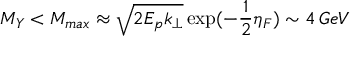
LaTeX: M _ { Y } < M _ { m a x } \approx \sqrt { 2 E _ { p } k _ { \perp } } \exp ( - { \frac { 1 } { 2 } } \eta _ { F } ) \sim 4 \, G e V